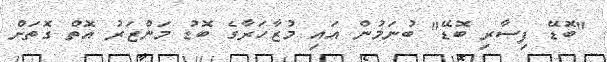
"ބޮޑޭ ފިސާރި ބޮޑޭ" ބުނަމުން އައި މުޒާހަރާގެ ބޮޑު މަންޒަރު އޮތް ގޮތަށް